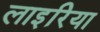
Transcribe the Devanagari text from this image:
लाइरिया